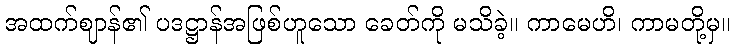
အထက်ဈာန်၏ ပဒဋ္ဌာန်အဖြစ်ဟူသော ခေတ်ကို မသိခဲ့။ ကာမေဟိ၊ ကာမတို့မှ။